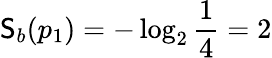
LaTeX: \mathsf{S}_{b}(p_{1})=-\log_{2}\frac{1}{4}=2